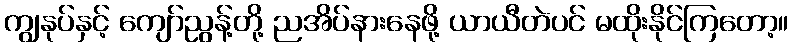
ကျွနုပ်နှင့် ကျော်ညွန့်တို့ ညအိပ်နားနေဖို့ ယာယီတဲပင် မထိုးနိုင်ကြတော့။